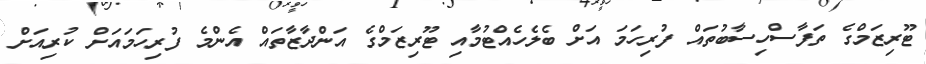
ޓޫރިޒަމްގެ ތަފާސްހިސާބުތައް ފުރިހަމަ އަށް ބެލެހެއްޓުމާއި ޓޫރިޒަމްގެ އަންދާޒާތައް އެންމެ ފުރިހަމައަށް ކުރިއަށް